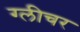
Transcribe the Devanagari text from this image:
ग्लीचर